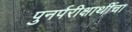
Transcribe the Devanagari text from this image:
पुनर्परीक्षार्थीचा